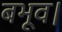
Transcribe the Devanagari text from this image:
बभूव।